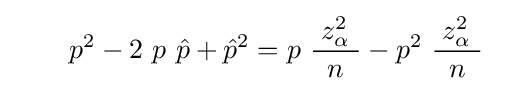
\qquad p^{2}-2\ p\ {\hat {p}}+{\hat {p}}^{2}=p\ {\frac {\;z_{\alpha }^{2}\ }{n}}-p^{2}\ {\frac {\;z_{\alpha }^{2}\ }{n}}~